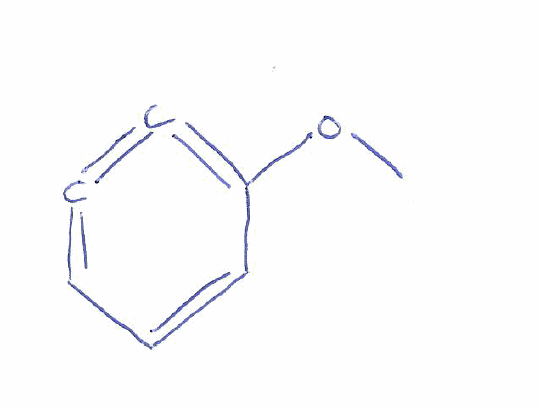
Simplified molecular-input line-entry system (SMILES) notation of the given molecule:
COC1=C=C=CC=C1